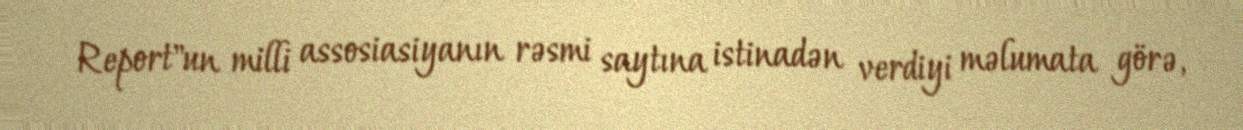
Report"un milli assosiasiyanın rəsmi saytına istinadən verdiyi məlumata görə,